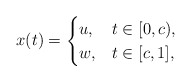
\begin{align*}x(t) = \begin{cases} u, & t\in[0,c), \cr w, & t\in [c,1], \end{cases}\end{align*}